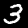
Digit: 3